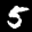
Label: 5